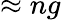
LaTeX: \approx ng